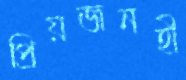
প্রিয়জনহী